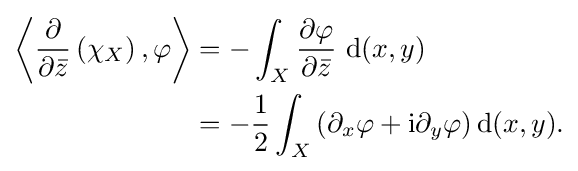
{\begin{aligned}\left\langle {\frac {\partial }{\partial {\bar {z}}}}\left(\chi _{X}\right),\varphi \right\rangle &=-\int _{X}{\frac {\partial \varphi }{\partial {\bar {z}}}}\mathrm {~d} (x,y)\\&=-{\frac {1}{2}}\int _{X}\left(\partial _{x}\varphi +\mathrm {i} \partial _{y}\varphi \right)\mathrm {d} (x,y).\end{aligned}}